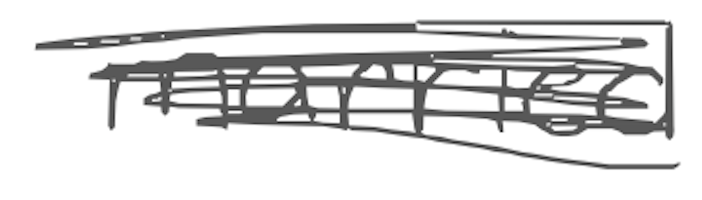
Text: married
Cross-out: mix
Writing tool: digital_gray